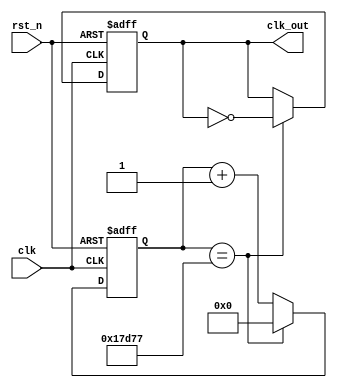
`timescale 1ns / 1ps

module clock_div_512Hz(   // 512.0013Hz
    input clk,
    input rst_n,
    output reg clk_out
    );
    reg [25:0]cnt;
    parameter cnts = 195312;
    always@(posedge clk,negedge rst_n)
    begin
        if(~rst_n)
        begin
            cnt <= 0;
            clk_out <= 0;
        end
        else if(cnt == (cnts>>1)-1)
        begin
            cnt <= 0;
            clk_out <= ~clk_out;
        end
        else
            cnt <= cnt + 1;
    end
endmodule